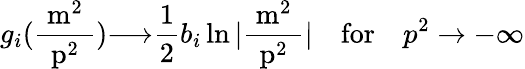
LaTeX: g_{i}(\mathrm{\frac{~m^{2}~}{~p^{2}~}}){\longrightarrow}\frac 12b_{i}\ln|\mathrm{\frac{~m^{2}~}{~p^{2}~}}|\quad\mathrm{for}\quad p^{2}\to-\infty